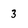
Character: 3